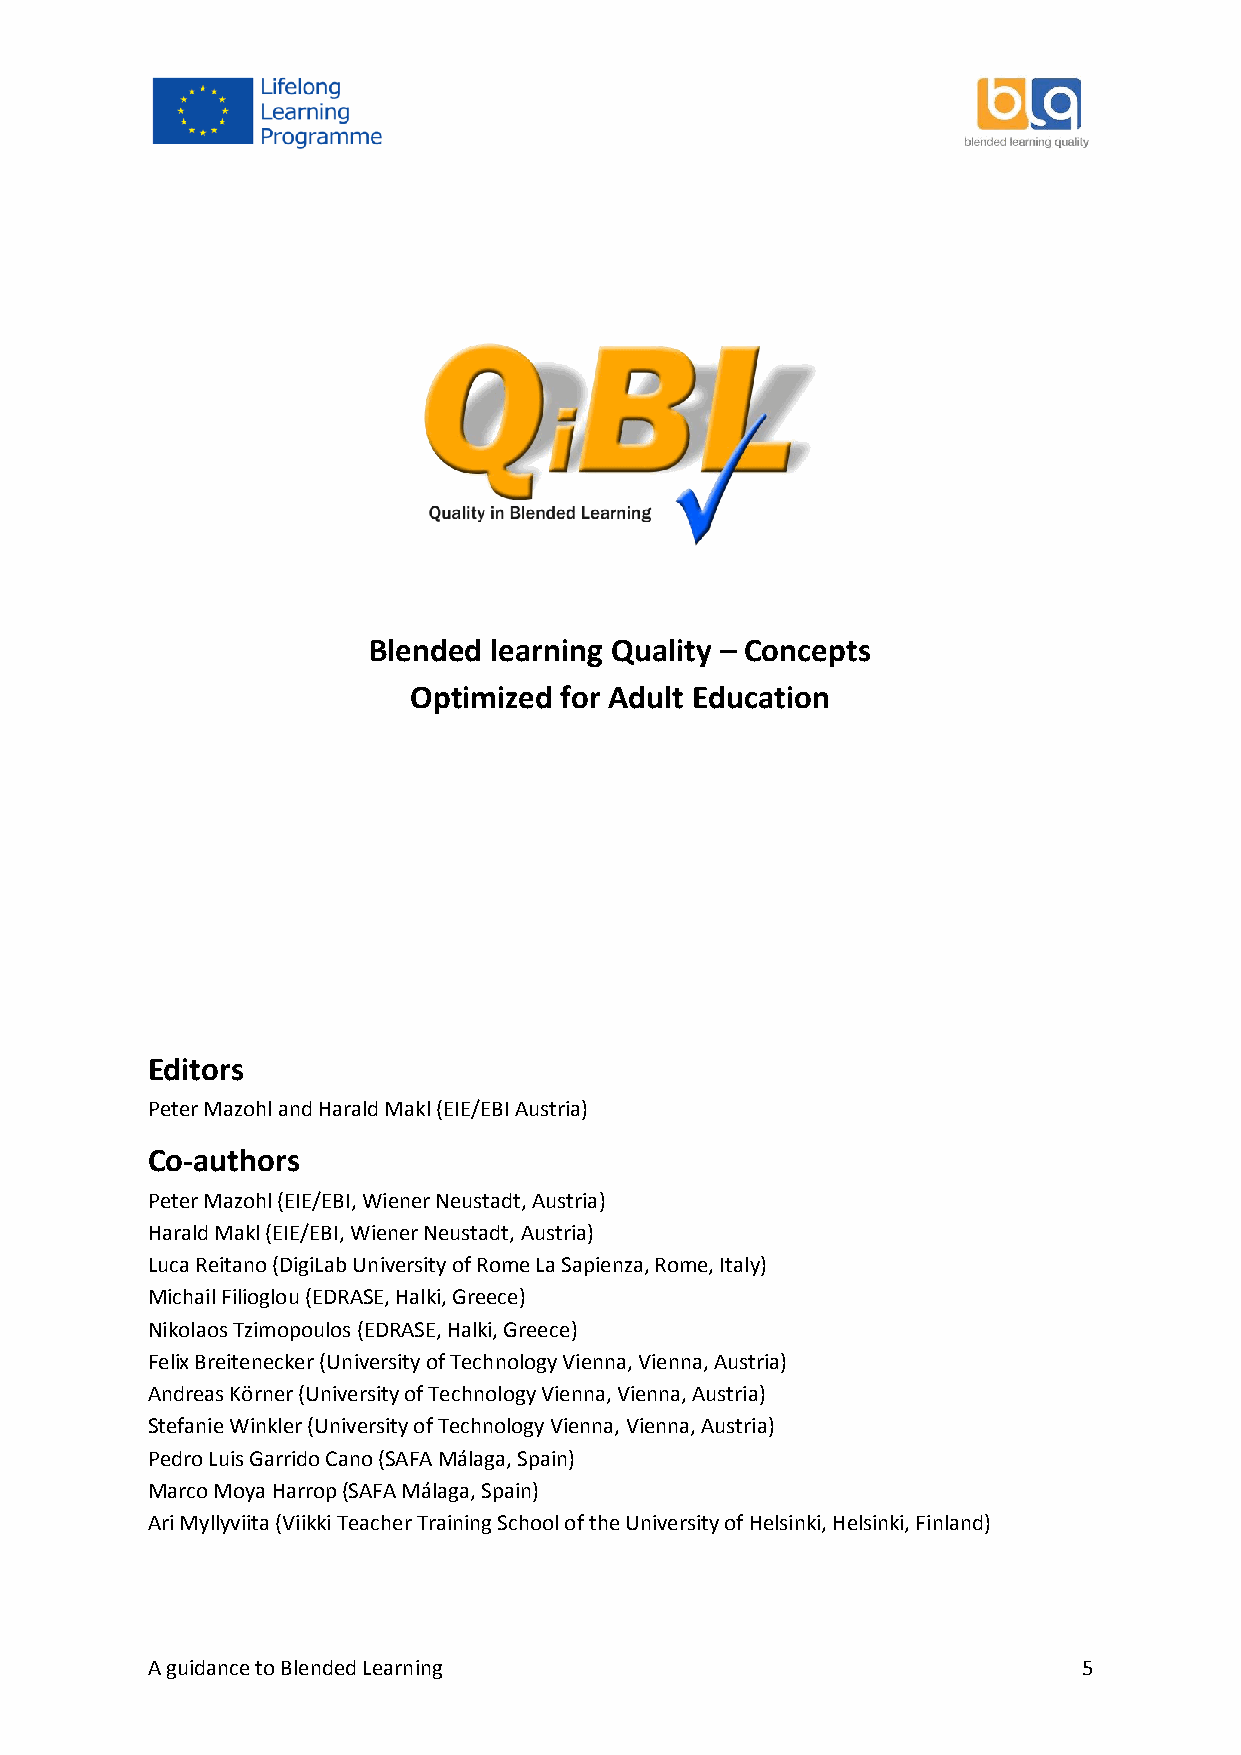
Blended learning Quality – Concepts
 Optimized for Adult Education
 Editors
 Peter Mazohl and Harald Makl (EIE/EBI Austria)
 Co-authors
 Peter Mazohl (EIE/EBI, Wiener Neustadt, Austria)
 Harald Makl (EIE/EBI, Wiener Neustadt, Austria)
 Luca Reitano (DigiLab University of Rome La Sapienza, Rome, Italy)
 Michail Filioglou (EDRASE, Halki, Greece)
 Nikolaos Tzimopoulos (EDRASE, Halki, Greece)
 Felix Breitenecker (University of Technology Vienna, Vienna, Austria)
 Andreas Körner (University of Technology Vienna, Vienna, Austria)
 Stefanie Winkler (University of Technology Vienna, Vienna, Austria)
 Pedro Luis Garrido Cano (SAFA Málaga, Spain)
 Marco Moya Harrop (SAFA Málaga, Spain)
 Ari Myllyviita (Viikki Teacher Training School of the University of Helsinki, Helsinki, Finland)
 A guidance to Blended Learning                                5